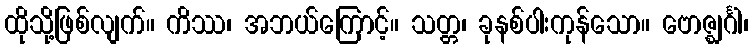
ထိုသို့ဖြစ်လျက်။ ကိဿ၊ အဘယ်ကြောင့်။ သတ္တ၊ ခုနစ်ပါးကုန်သော။ ဗောဇ္ဈင်္ဂါ၊